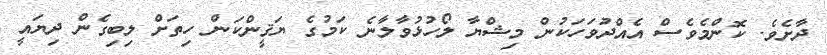
ދާށެވެ. ކޮންމެވެސް އެއްދުވަހަކުން މިޝްޔާ ލޯހުޅުވާލާނެ ކަމުގެ ޔަޤީންކަން ހިތަށް ލިބިގެން ދިޔައީ